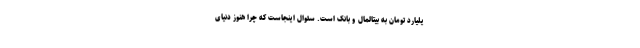
یلیارد تومان به بیتالمال و بانک است. سئوال اینجاست که چرا هنوز دنیای